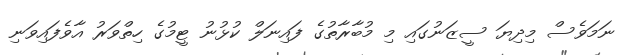
ނަމަވެސް މިދިޔަ ސީޒަނުގައި މި މުބާރާތުގެ ފައިނަލް ކުޅުނު ޓީމުގެ ހިތްވަރު އާވެފައިވަނި